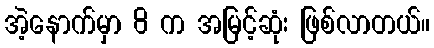
အဲ့နောက်မှာ 8 က အမြင့်ဆုံး ဖြစ်လာတယ်။